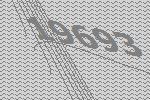
19693